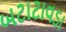
બટાટાવડા